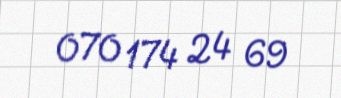
070 174 24 69